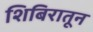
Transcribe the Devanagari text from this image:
शिबिरातून